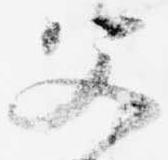
父